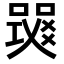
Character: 𤕧